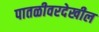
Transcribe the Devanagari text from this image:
पातळीवरदेखील